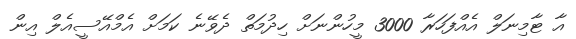
އާ ޓާމިނަލް އެއްފަހަރާ 3000 މީހުންނަށް ހިދުމަތް ދެވޭނެ ކަމަށް އެމްއޭސީއެލް އިން